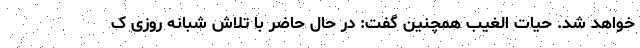
خواهد شد. حیات الغیب همچنین گفت: در حال حاضر با تلاش شبانه روزی ک